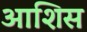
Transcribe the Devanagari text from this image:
आशिस